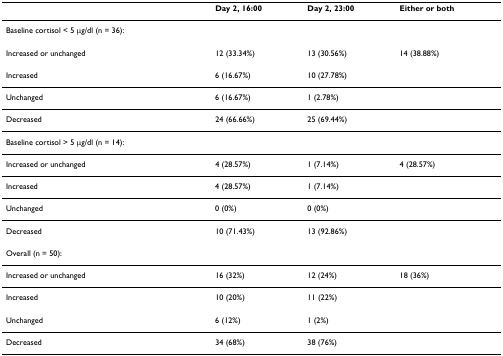
<table><thead><tr><td></td><td><b>Day 2, 16:00</b></td><td><b>Day 2, 23:00</b></td><td><b>Either or both</b></td></tr></thead><tbody><tr><td>Baseline cortisol &lt; 5 μg/dl (n = 36):</td><td></td><td></td><td></td></tr><tr><td>Increased or unchanged</td><td>12 (33.34%)</td><td>13 (30.56%)</td><td>14 (38.88%)</td></tr><tr><td>Increased</td><td>6 (16.67%)</td><td>10 (27.78%)</td><td></td></tr><tr><td>Unchanged</td><td>6 (16.67%)</td><td>1 (2.78%)</td><td></td></tr><tr><td>Decreased</td><td>24 (66.66%)</td><td>25 (69.44%)</td><td></td></tr><tr><td>Baseline cortisol &gt; 5 μg/dl (n = 14):</td><td></td><td></td><td></td></tr><tr><td>Increased or unchanged</td><td>4 (28.57%)</td><td>1 (7.14%)</td><td>4 (28.57%)</td></tr><tr><td>Increased</td><td>4 (28.57%)</td><td>1 (7.14%)</td><td></td></tr><tr><td>Unchanged</td><td>0 (0%)</td><td>0 (0%)</td><td></td></tr><tr><td>Decreased</td><td>10 (71.43%)</td><td>13 (92.86%)</td><td></td></tr><tr><td>Overall (n = 50):</td><td></td><td></td><td></td></tr><tr><td>Increased or unchanged</td><td>16 (32%)</td><td>12 (24%)</td><td>18 (36%)</td></tr><tr><td>Increased</td><td>10 (20%)</td><td>11 (22%)</td><td></td></tr><tr><td>Unchanged</td><td>6 (12%)</td><td>1 (2%)</td><td></td></tr><tr><td>Decreased</td><td>34 (68%)</td><td>38 (76%)</td><td></td></tr></tbody></table>